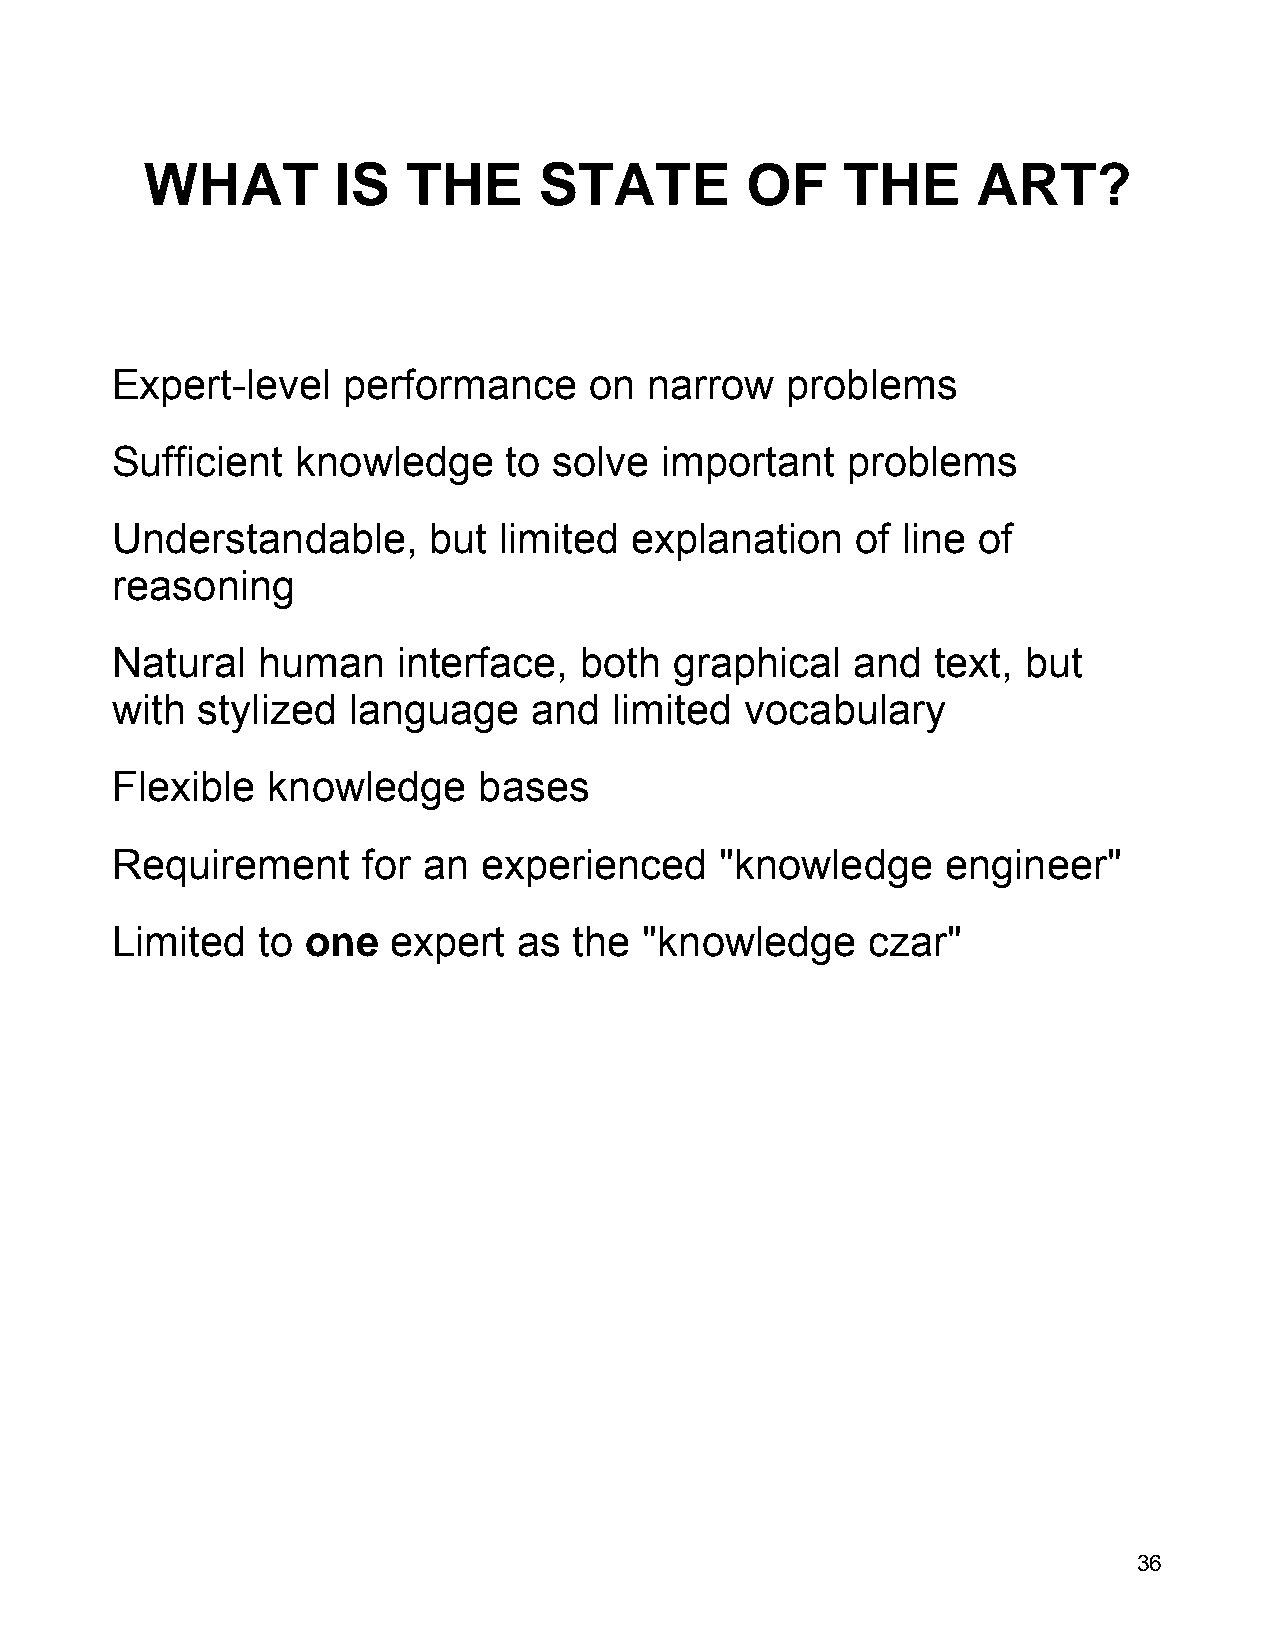
WHAT         IS   THE      STATE        OF     THE      ART?
 Expert-level    performance     on  narrow   problems
 Sufficient   knowledge     to solve  important   problems
 Understandable,      but  limited  explanation    of line of
 reasoning
 Natural   human    interface,  both   graphical   and  text, but
 with  stylized  language    and   limited vocabulary
 Flexible   knowledge     bases
 Requirement      for an  experienced     "knowledge     engineer"
 Limited   to one   expert  as  the  "knowledge    czar"
 36